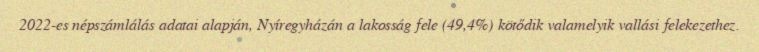
2022-es népszámlálás adatai alapján, Nyíregyházán a lakosság fele (49,4%) kötődik valamelyik vallási felekezethez.